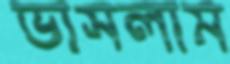
ভাসলাম